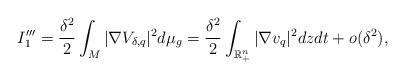
LaTeX: \begin{align*}I_{1}'''=\frac{\delta^{2}}{2}\int_{M}|\nabla V_{\delta,q}|^{2}d\mu_{g}=\frac{\delta^{2}}{2}\int_{\mathbb{R}_{+}^{n}}|\nabla v_{q}|^{2}dzdt+o(\delta^{2}),\end{align*}